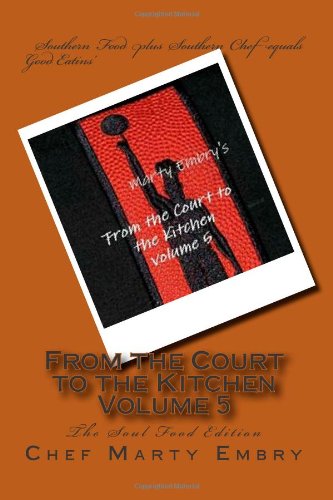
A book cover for From the Court to the Kitchen  Volume 5: The Soul Food Edition; Chef Marty Embry; Cookbooks, Food & Wine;